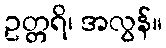
ဥတ္တရိ၊ အလွန်။